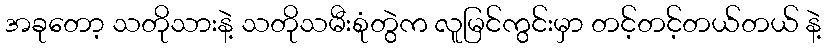
အခုတော့ သတိုသားနဲ့ သတိုသမီးစုံတွဲက လူမြင်ကွင်းမှာ တင့်တင့်တယ်တယ် နဲ့